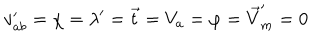
LaTeX: v _ { a b } ^ { \prime } = \chi = \lambda ^ { \prime } = \vec { t } = V _ { a } = \varphi = \vec { V } _ { m } ^ { \prime } = 0